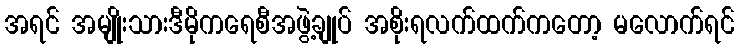
အရင် အမျိုးသားဒီမိုကရေစီအဖွဲ့ချုပ် အစိုးရလက်ထက်ကတော့ မလောက်ရင်